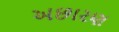
અછારણ